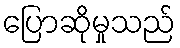
ပြောဆိုမှုသည်